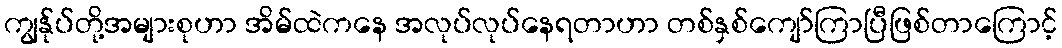
ကျွန်ုပ်တို့အများစုဟာ အိမ်ထဲကနေ အလုပ်လုပ်နေရတာဟာ တစ်နှစ်ကျော်ကြာပြီဖြစ်တာကြောင့်